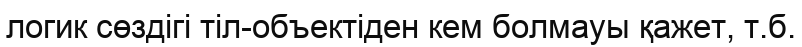
логик сөздігі тіл-объектіден кем болмауы қажет, т.б.